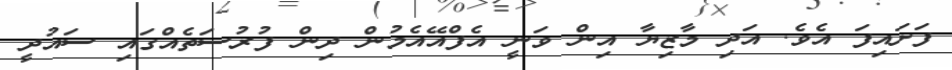
ފަށައިފަ އެވެ. އަދި މާޒިޔާ އިން ވަނީ އެފްއޭއެމުން ދިން ފުރުސަތެއްގައި ސައުދީ